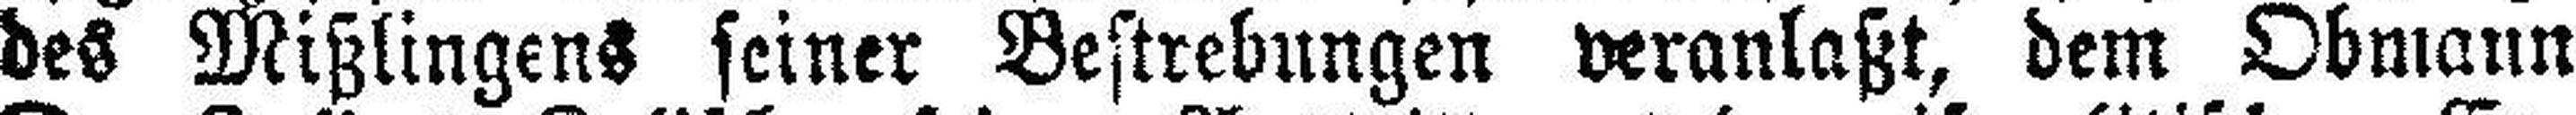
des Mißlingens seiner Bestrebungen veranlaßt, dem Obmann